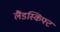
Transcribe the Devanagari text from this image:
लैंडस्किफ्ट